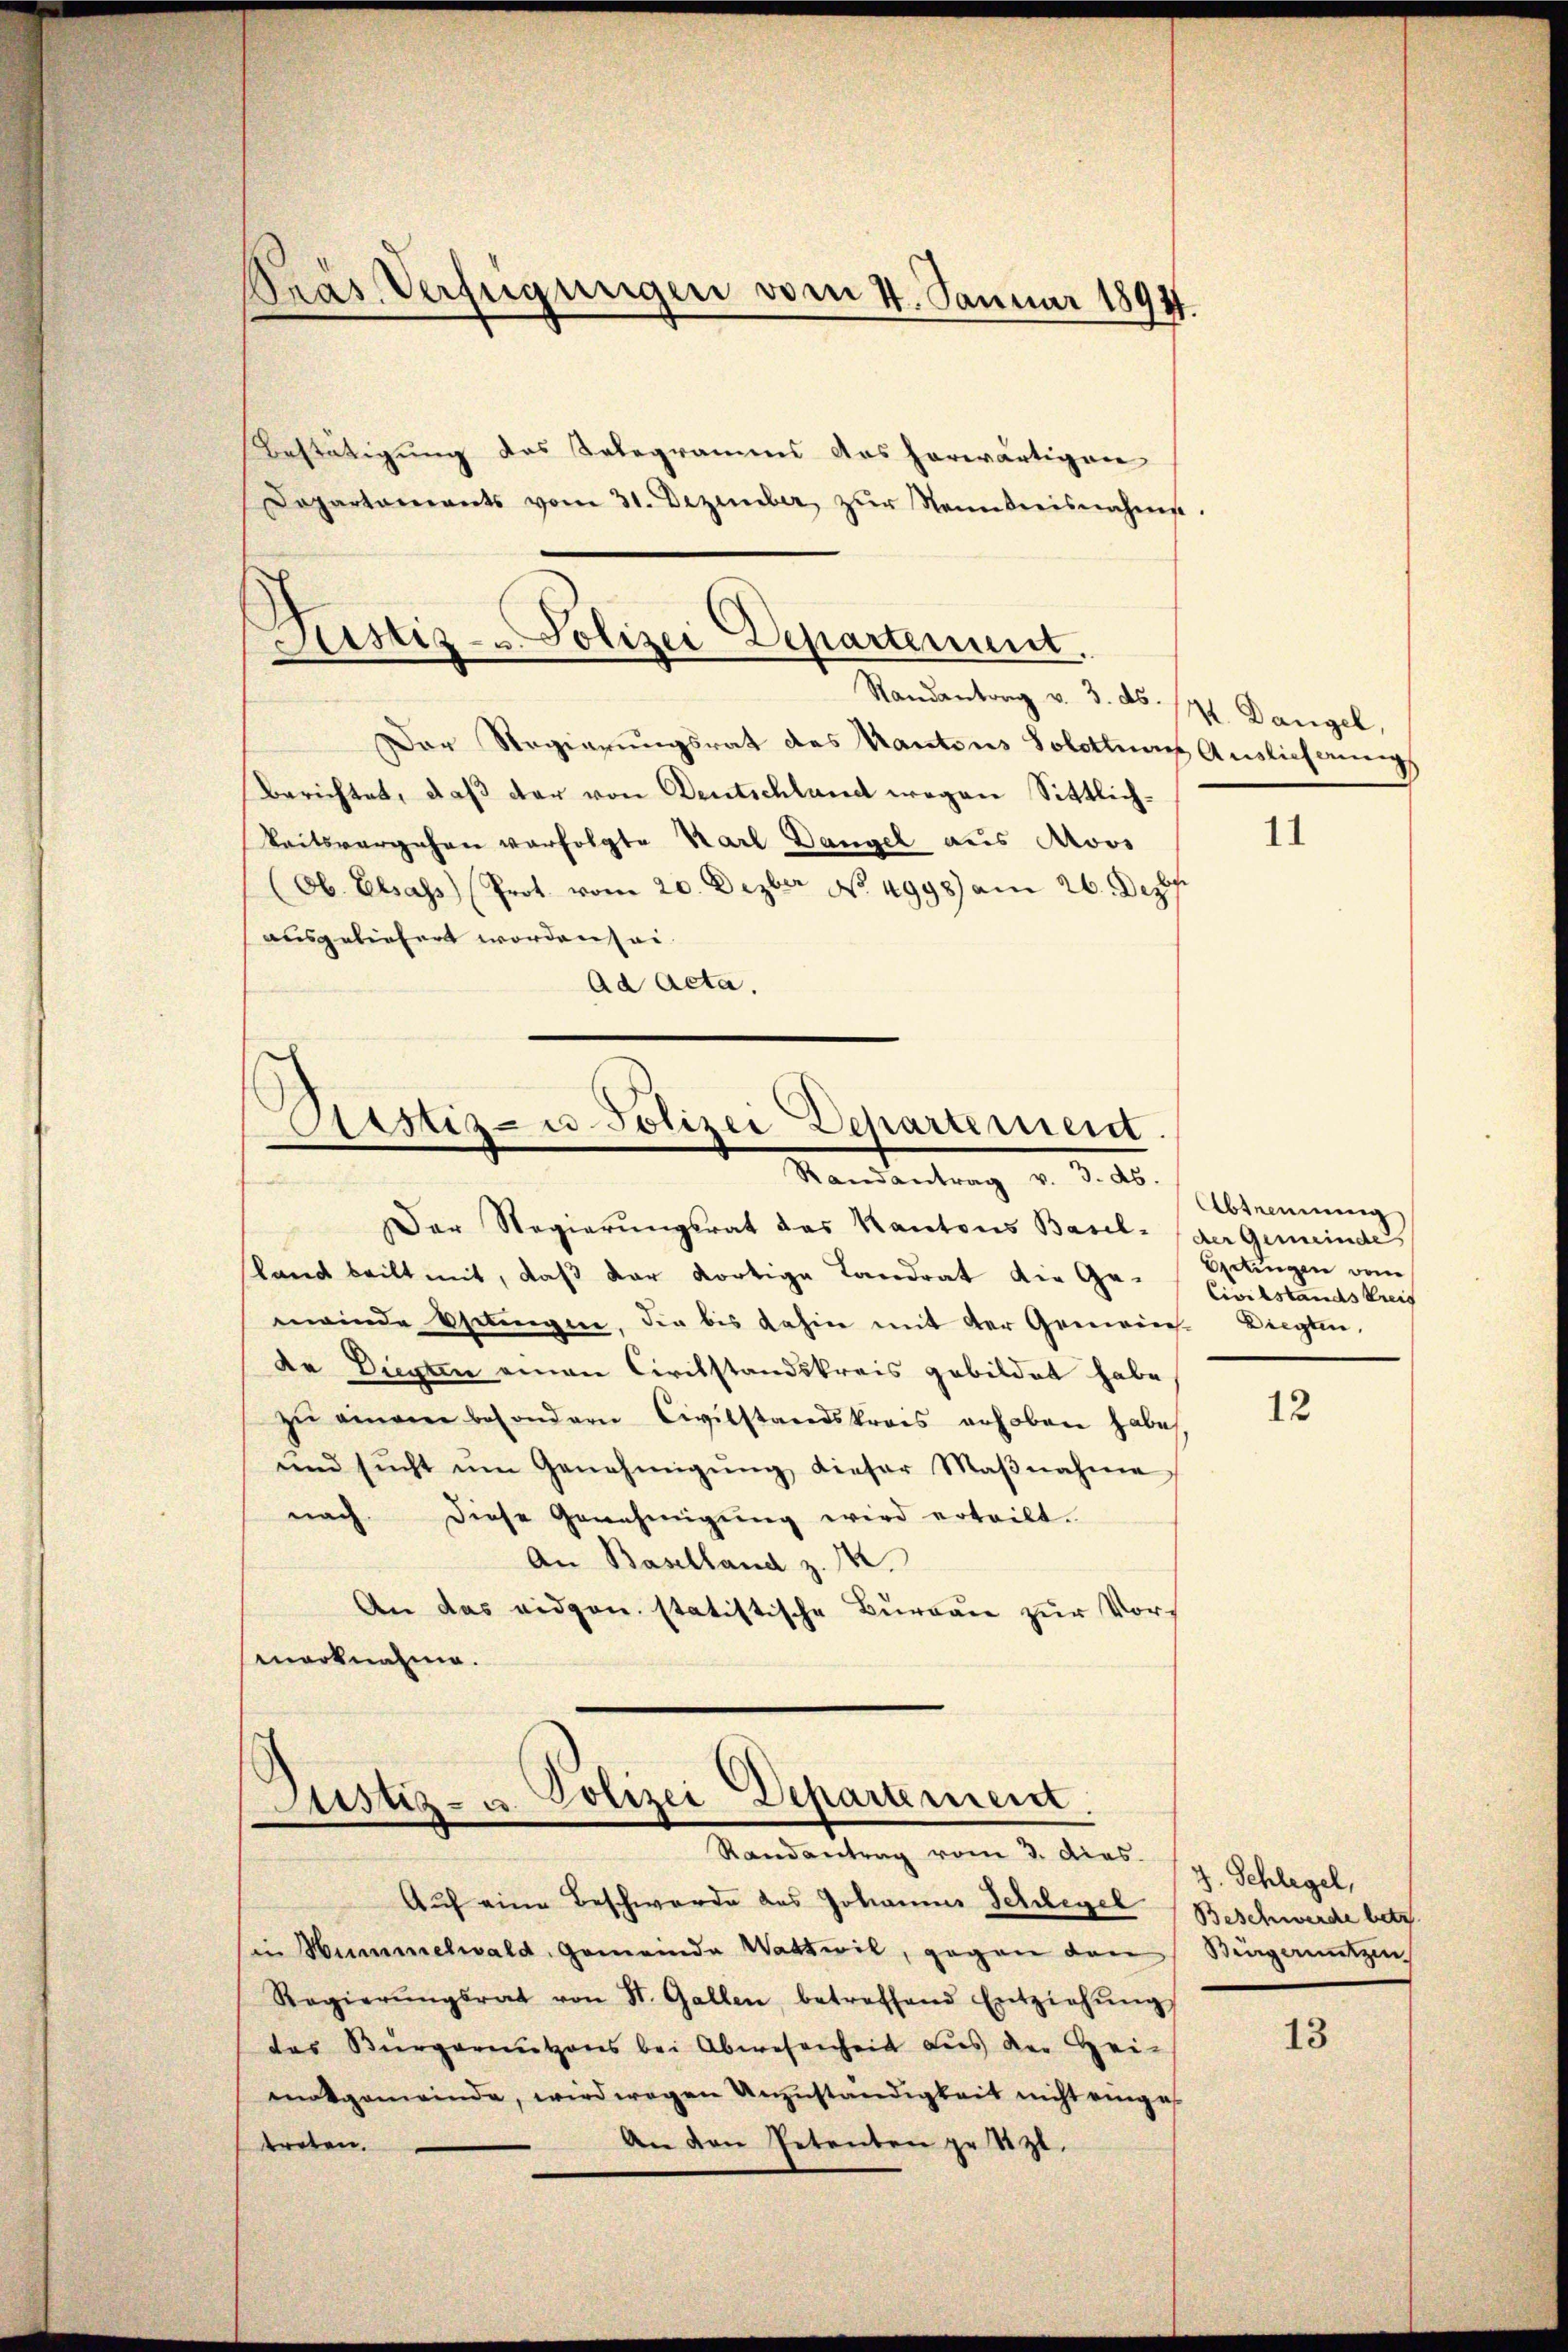
Gras Verfügungen vom 4. Januar 1894.

Zustiz- & Polizei Departement.
Randantrag v. 3. ds. 14. Dangel,

Der Regierungsrat des Kantons Solothur Auslichungs
Berichtet, daβ der von Deutschland wegen Sittlich¬
Reitsvergehen verfolgte Karl Dangel aus Moos
(Ob. Elsass (Prot. vom 20. Dezber No. 4998) am 26. Dez.
ausgeliefert worden sei¬
Ad Acta.

Bestätigung des Telegramms das herwärtigen
Lopartements vom 31. Dezember zŭr Nannkreisnahme.

Arstiz- u Polizei Departement.
Randantrag v. 3. ds.
Der Regierungsrat das Kantons Basel- (der Gemeinde

Justiz- u. Polizei Departement
Randantrag vom 3. dies

sland beilt mit, daß der dortige Landrat die Ge-Civilstandskreis
meinde Oelingen, die bis dahin mit der Gemeins-Liegten,
de Diegten einen Civilstandskreis gebildet habe.
zŭ einem besondern Civilstandskrais erhoben habe,
und sŭcht ŭm Genehmigŭng dieser Maβnahme
nach diese Genehmigung wird erteilt.
An Baselland z. 14.
An das eidgen. statistische Bureau zur Vormarknahme.

Auf eine Beschwerde des Johannes Schlegel (Beschwerde betr.
in Hummelwald, Gemeinde Wattwil, gegen den Siegenutzen
Regierŭngsrat von St. Gallen, betreffend Entziehŭng
das Bürgernutzens bei Abwesenheit des der Heimatgemeinde, wird wegen Unzuständigkeit nicht einges
An den Petenten zu Szl.
treten.

11

Abtrennung,
Ordingen dem

12

J. Schlegel,

13